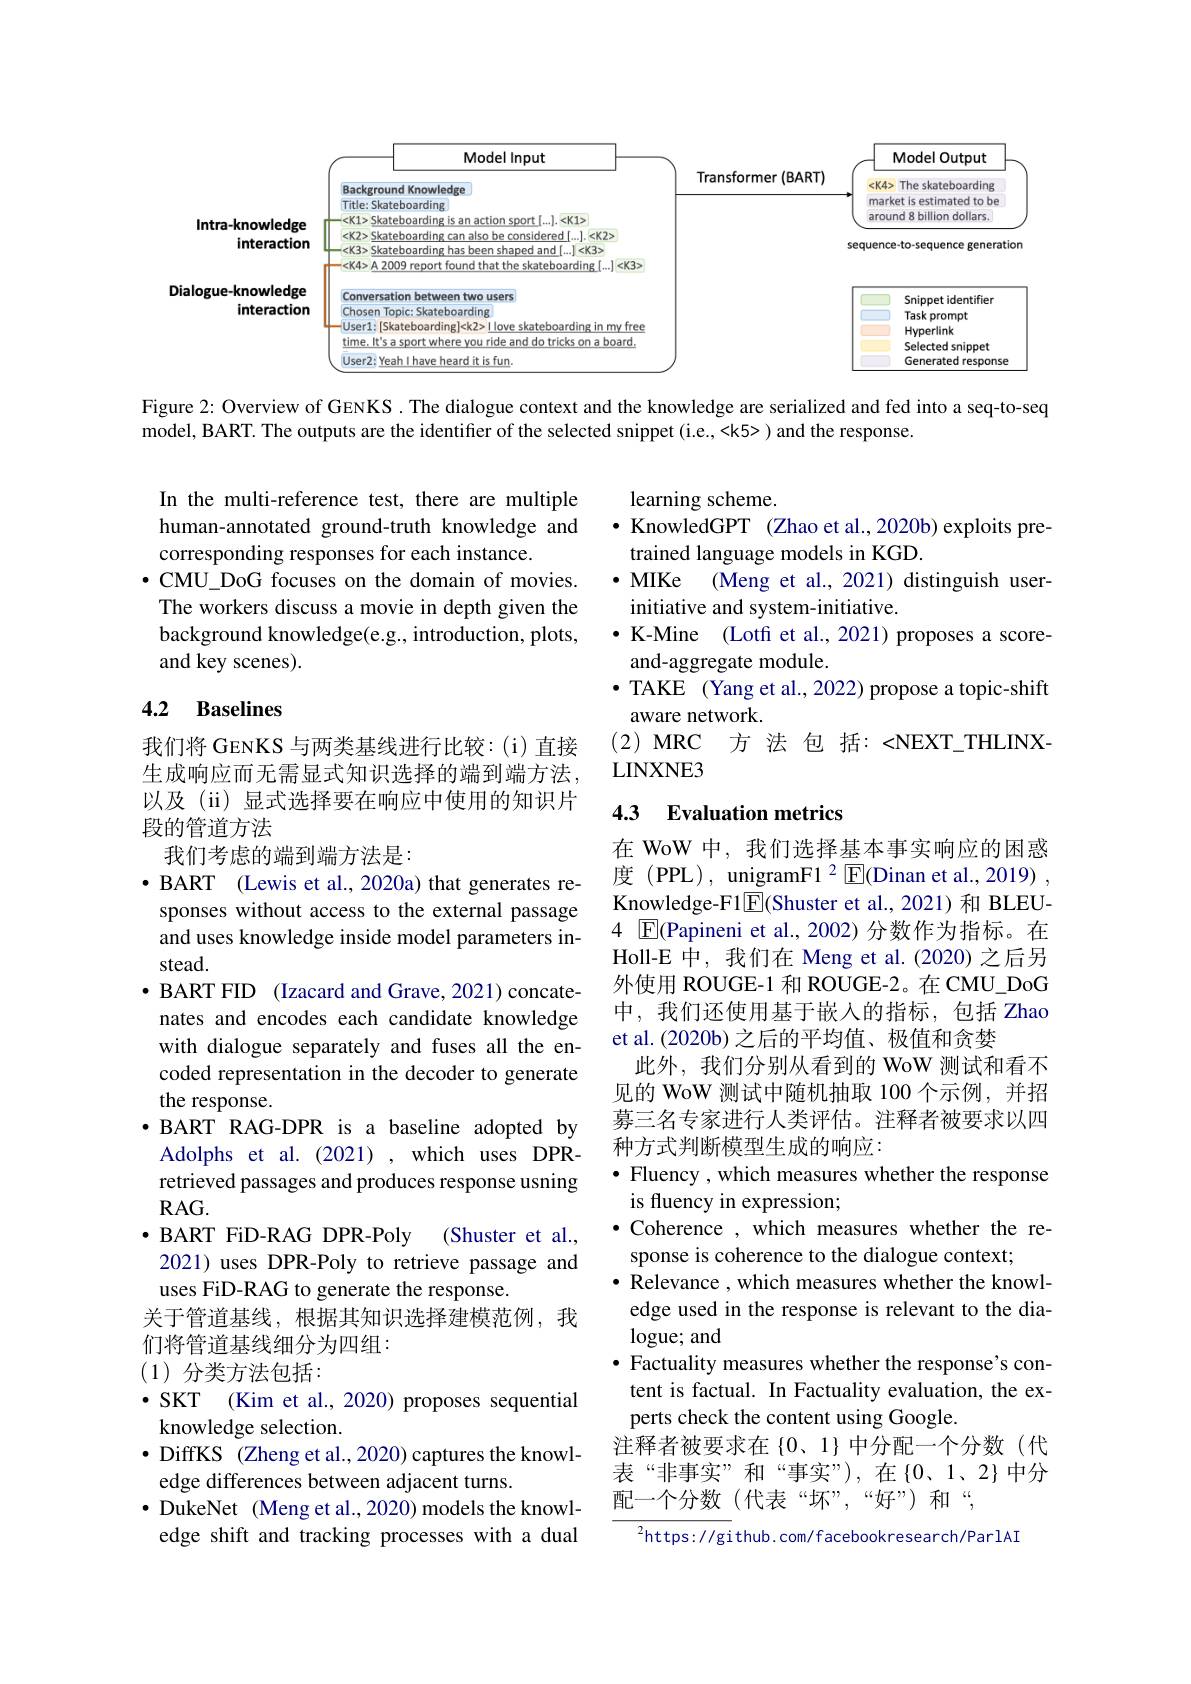
<FigureHere>

Figure 2: Overview of GENKS. The dialogue context and the knowledge are serialized and fed into a seq-to-seq
model, BART. The outputs are the identifier of the selected snippet (i.e., <k5> ) and the response.

In the multi-reference test, there are multiple human-annotated ground-truth knowledge and corresponding responses for each instance.
$\bullet$CMU\_DoG focuses on the domain of movies. The workers discuss a movie in depth given the background knowledge(e.g., introduction, plots, and key scenes).

learning scheme.
$\cdot$ KnowledGPT (Zhao et al.,2020b) exploits pre-
trained language models in KGD.
$\bullet$ MIKe (Meng et al., 2021) distinguish user-
initiative and system-initiative.
$\bullet$ K-Mine (Lotf et al., 2021) proposes a score-
and-aggregate module.
$\bullet$ TAKE (Yang et al., 2022) propose a topic-shift
aware network.
(2) MRC 方 法 包 括：<NEXT\_THLINX-
$LINXNE3$

### 4.2 Baselines

我们将 GENKS 与两类基线进行比较：(i)直接生成响应而无需显式知识选择的端到端方法以及(ii)显式选择要在响应中使用的知识片段的管道方法

## 4.3 Evaluation metrics

我们考虑的端到端方法是：
· BART (Lewis et al., 2020a) that generates re-
sponses without access to the external passage and uses knowledge inside model parameters instead.
$\bullet$ BART FID (Izacard and Grave, 2021) concate-
nates and encodes each candidate knowledge with dialogue separately and fuses all the encoded representation in the decoder to generate the response.
$\bullet$ BART RAG-DPR is a baseline adopted by Adolphs et al. (2021) , which uses DPRretrieved passages and produces response usning $RAG.$
(Shuster et al.,
$\bullet$ BART FiD-RAG DPR-Poly
2021) uses DPR-Poly to retrieve passage and
uses FiD-RAG to generate the response.
关于管道基线，根据其知识选择建模范例，我
们将管道基线细分为四组：
(1)分类方法包括：
$\bullet$ SKT (Kim et al., 2020) proposes sequential
knowledge selection.
$\bullet$ DiffKS (Zheng et al., 2020) captures the knowl-
edge differences between adjacent turns.

$\bullet$ DukeNet (Meng et al., 2020) models the knowledge shift and tracking processes with a dual

在 WoW 中，我们选择基本事实响应的困惑度 (PPL), unigramF1 $^2\boxed{\mathrm{F}}$(Dinan et al.,2019) , Knowledge-F1$\boxed{\mathrm{E}}$(Shuster et al., 2021) 和 BLEU- 4 $\square$E(Papineni et al.,2002)分数作为指标。在Holl-E 中，我们在 Meng et al.(2020) 之后另外使用 ROUGE-1 和 ROUGE-2。在 CMU\_DoG 中，我们还使用基于嵌入的指标，包括 Zhao et al.(2020b) 之后的平均值、极值和贪婪
此外，我们分别从看到的 WoW 测试和看不见的 WoW 测试中随机抽取 100 个示例，并招募三名专家进行人类评估。注释者被要求以四种方式判断模型生成的响应：
$\bullet$ Fluency , which measures whether the response
is fluency in expression;
$\bullet$ Coherence , which measures whether the re-
sponse is coherence to the dialogue context;
· Relevance , which measures whether the knowl-
edge used in the response is relevant to the dia-
$\log$ue; and
· Factuality measures whether the response's con-
tent is factual. In Factuality evaluation, the ex-
perts check the content using Google.
注释者被要求在{0、1}中分配一个分数(代表“非事实”和“事实”),在{0、1、2}中分配一个分数(代表“坏”,“好”)和“,
${^{2}\mathrm{https://gi}}$thub.com/facebookresearch/ParlAI